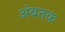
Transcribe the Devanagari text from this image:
अंबतक